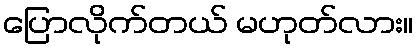
ပြောလိုက်တယ် မဟုတ်လား။